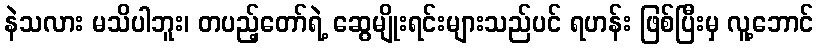
နဲသလား မသိပါဘူး၊ တပည့်တော်ရဲ့ ဆွေမျိုးရင်းများသည်ပင် ရဟန်း ဖြစ်ပြီးမှ လူ့ဘောင်